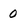
Character: 0